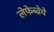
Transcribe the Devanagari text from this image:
लेफेब्व्रेचे